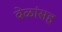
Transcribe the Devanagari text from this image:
वेळांसह